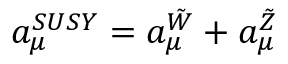
a _ { \mu } ^ { S U S Y } = { a _ { \mu } ^ { \tilde { W } } + a _ { \mu } ^ { \tilde { Z } } }